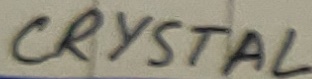
Text: CRYSTAL